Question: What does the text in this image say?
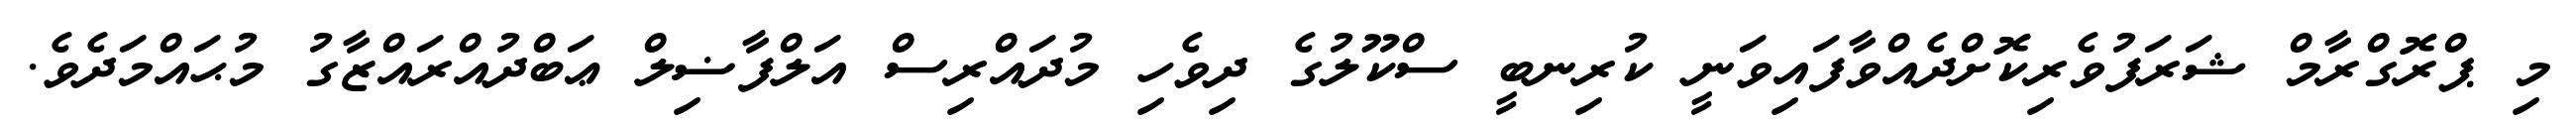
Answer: މި ޕްރޮގްރާމް ޝަރަފުވެރިކޮށްދެއްވާފައިވަނީ ކުރިނބީ ސްކޫލުގެ ދިވެހި މުދައްރިސް އަލްފާޟިލް ޢަބްދުއްރައްޒާގު މުޙައްމަދެވެ.